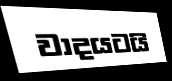
වාදයටයි